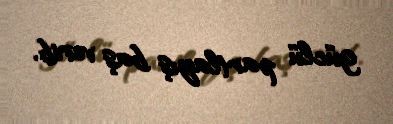
güclü partlayış baş verib.